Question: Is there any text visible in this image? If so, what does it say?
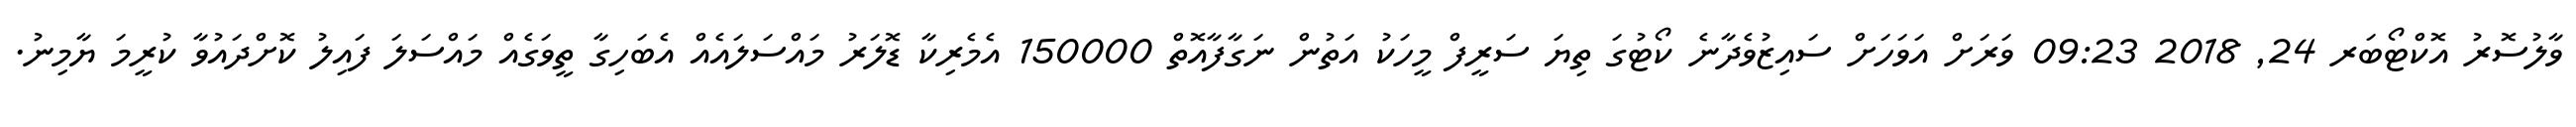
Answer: ވާލުސޮރު އޮކްޓޯބަރ 24, 2018 09:23 ވަރަށް އަވަހަށް ސައިޒުވެދާނެ ކޯޓުގަ ތިޔަ ސަރީފް މީހަކު އަތުން ނަގާފާއޮތް 150000 އެމެރިކާ ޑޮލަރު މައްސަލައެއް އެބަހިގާ ތީވަގެއް މައްސަލަ ފައިލު ކޮށްދައުވާ ކުރީމަ ޔާމިނު.